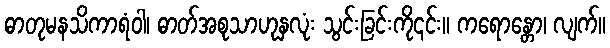
ဓာတုမနသိကာရံဝါ၊ ဓာတ်အစုသာဟုနှလုံး သွင်းခြင်းကို၎င်း။ ကရောန္တော၊ လျက်။